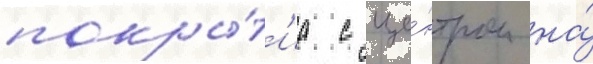
покры́т'иа с це́нтром на́